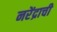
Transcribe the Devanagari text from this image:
नरेंद्राची